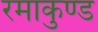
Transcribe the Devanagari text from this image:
रमाकुण्ड